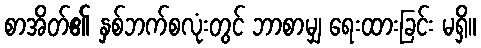
စာအိတ်၏ နှစ်ဘက်စလုံးတွင် ဘာစာမျှ ရေးထားခြင်း မရှိ။